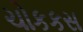
ચોકકસ